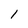
Character: 1